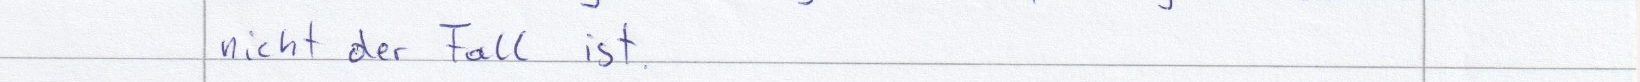
nicht der Fall ist.